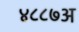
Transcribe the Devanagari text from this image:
४८८७अ